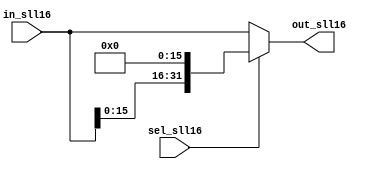
module SLL16 (in_sll16, sel_sll16, out_sll16);
  input [31:0] in_sll16;
  input sel_sll16;
  output [31:0] out_sll16;
  
  assign out_sll16 = (sel_sll16) ? {in_sll16[15:0],16'b0} : in_sll16;
endmodule